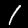
Label: 1